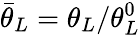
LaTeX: {{\bar{\theta}}_{L}}={{\theta}_{L}}/\theta_{L}^{0}